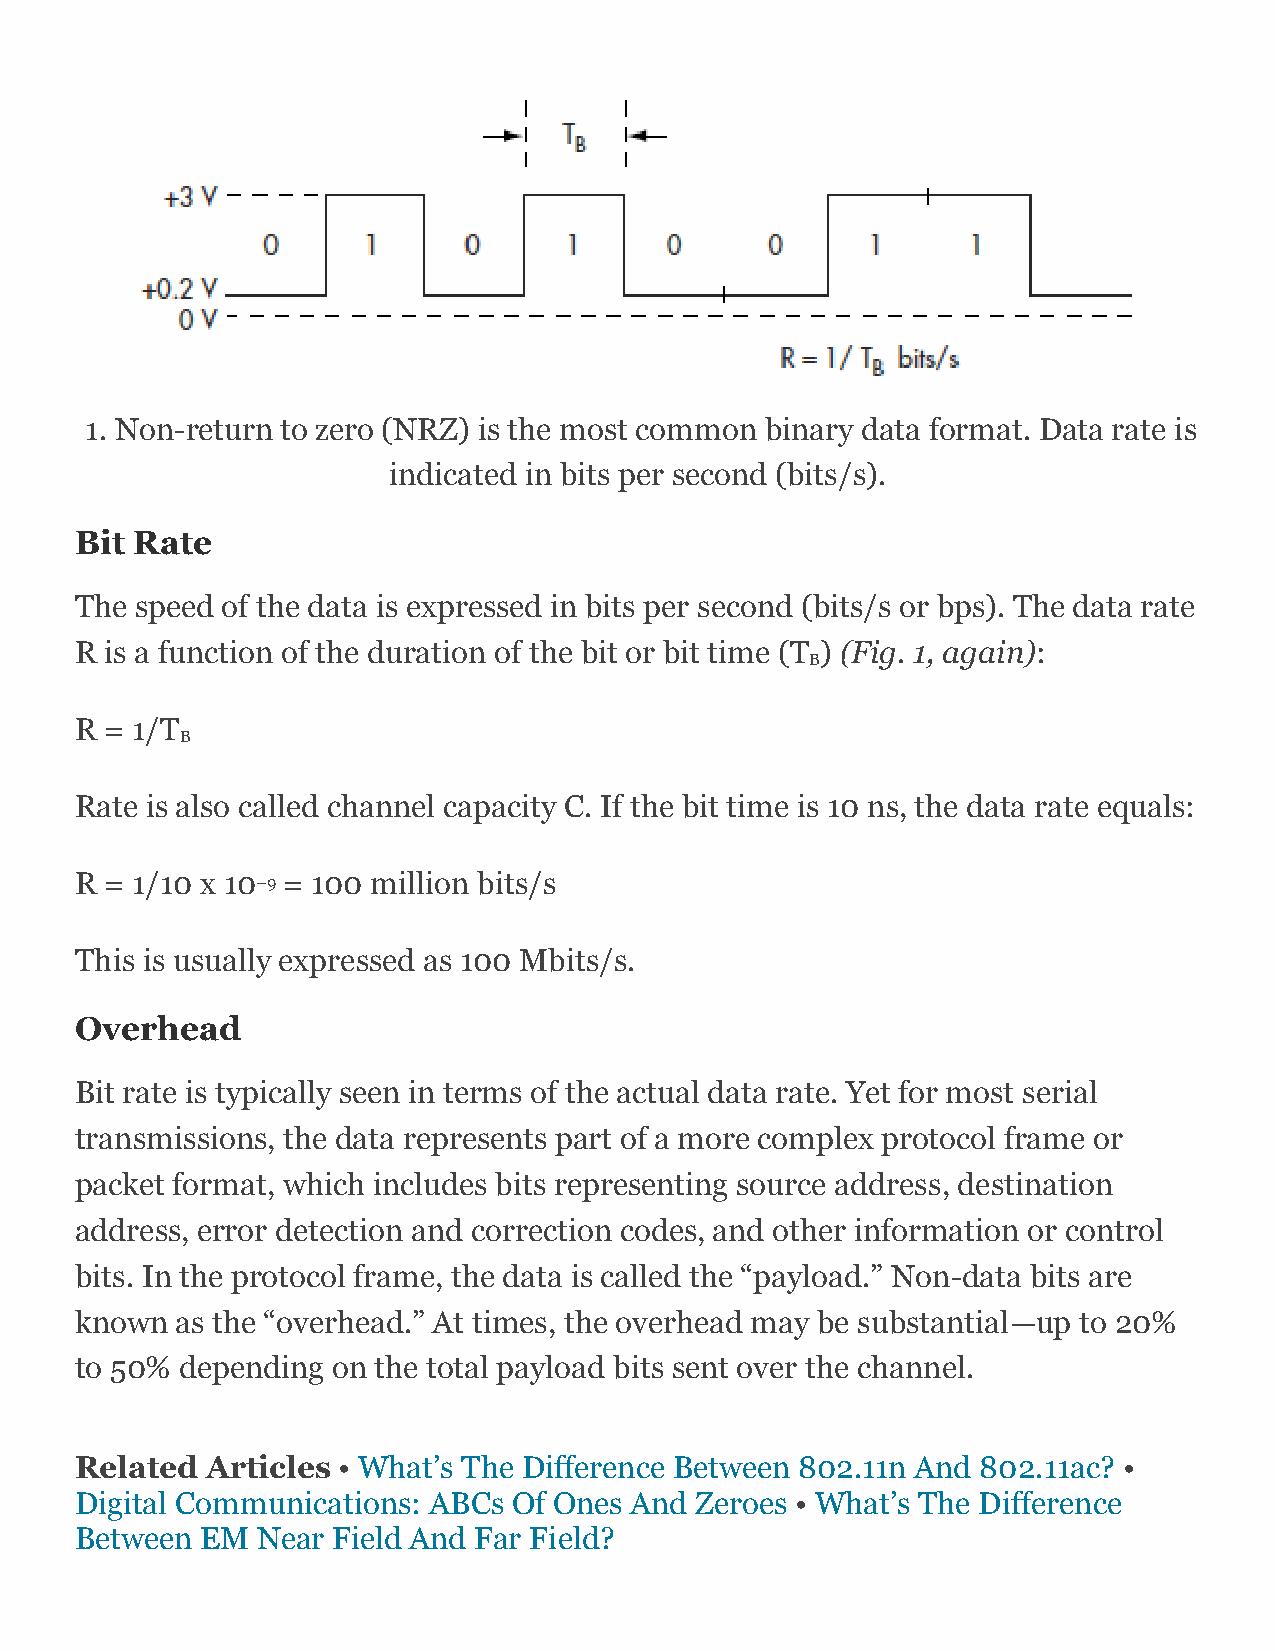
1. Non-return to zero (NRZ) is the most common binary data format. Data rate is
 indicated in bits per second (bits/s).
 Bit Rate
 The speed of the data is expressed in bits per second (bits/s or bps). The data rate
 R is a function of the duration of the bit or bit time (T ) (Fig. 1, again):
 B
 R = 1/T
 B
 Rate is also called channel capacity C. If the bit time is 10 ns, the data rate equals:
 R = 1/10 x 10–9 = 100 million bits/s
 This is usually expressed as 100 Mbits/s.
 Overhead
 Bit rate is typically seen in terms of the actual data rate. Yet for most serial
 transmissions, the data represents part of a more complex protocol frame or
 packet format, which includes bits representing source address, destination
 address, error detection and correction codes, and other information or control
 bits. In the protocol frame, the data is called the “payload.” Non-data bits are
 known  as the “overhead.” At times, the overhead may be substantial—up to 20%
 to 50% depending on the total payload bits sent over the channel.
 Related  Articles • What’s The Difference Between 802.11n And 802.11ac? •
 Digital Communications: ABCs Of Ones And Zeroes • What’s The Difference
 Between EM  Near Field And Far Field?